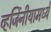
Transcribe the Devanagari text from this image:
व्हर्जिनीयामध्ये